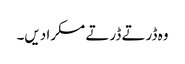
وہ ڈرتے ڈرتے مسکرا دیں۔